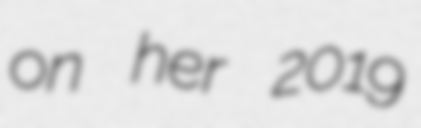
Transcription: on her 2019